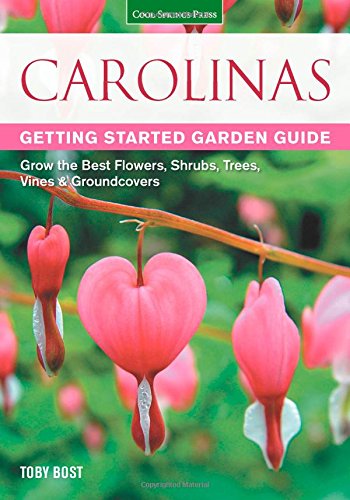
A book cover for Carolinas Getting Started Garden Guide: Grow the Best Flowers, Shrubs, Trees, Vines & Groundcovers (Garden Guides); Toby Bost; Crafts, Hobbies & Home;